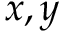
x , y